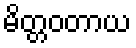
မိတ္တဝတာယ